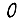
Digit: 0